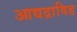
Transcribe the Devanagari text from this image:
आद्यद्राविड